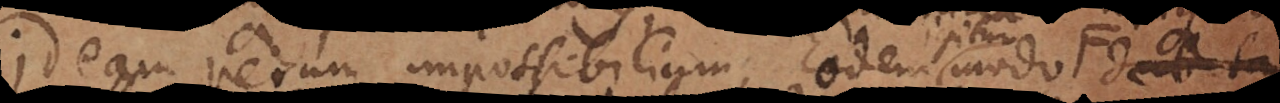
ideam rerum impossibilium. Eodem igi